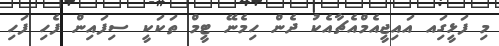
މި ފަޅީގަިއ އައިޖީއެމްއެޗާއެކު ދެން ހިމެނޭ ޓީމް ތަކަކީ ސިފައިން ފެހި ފަހި